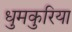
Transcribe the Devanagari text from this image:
धुमकुरिया